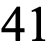
41